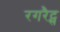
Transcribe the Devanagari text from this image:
रगरैट्स